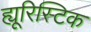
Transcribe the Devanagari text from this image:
ह्यूरिस्टिक